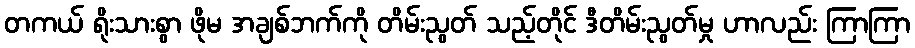
တကယ် ရိုးသားစွာ ဖိုမ အချစ်ဘက်ကို တိမ်းညွတ် သည့်တိုင် ဒီတိမ်းညွတ်မှု ဟာလည်း ကြာကြာ